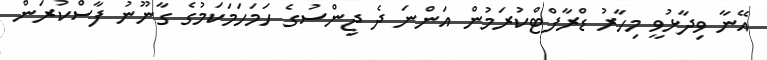
އޭނާ ވިދާޅުވީ މިހާރު ޑްރާފްޓްކުރަމުން އަންނަ ދެ ޖިންސުގެ ހަމަހަމަކަމުގެ ގާނޫނު ފާސްކުރަން